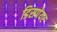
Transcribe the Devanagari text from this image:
डिसपेयर